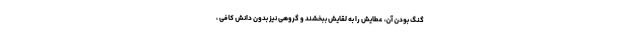
گنگ بودن آن، عطایش را به لقایش ببخشند و گروهی نیز بدون دانش کافی ،